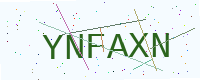
Text: YNFAXN